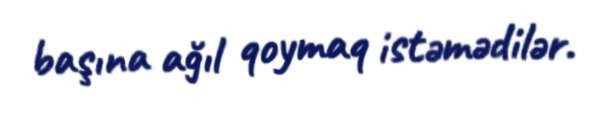
başına ağıl qoymaq istəmədilər.